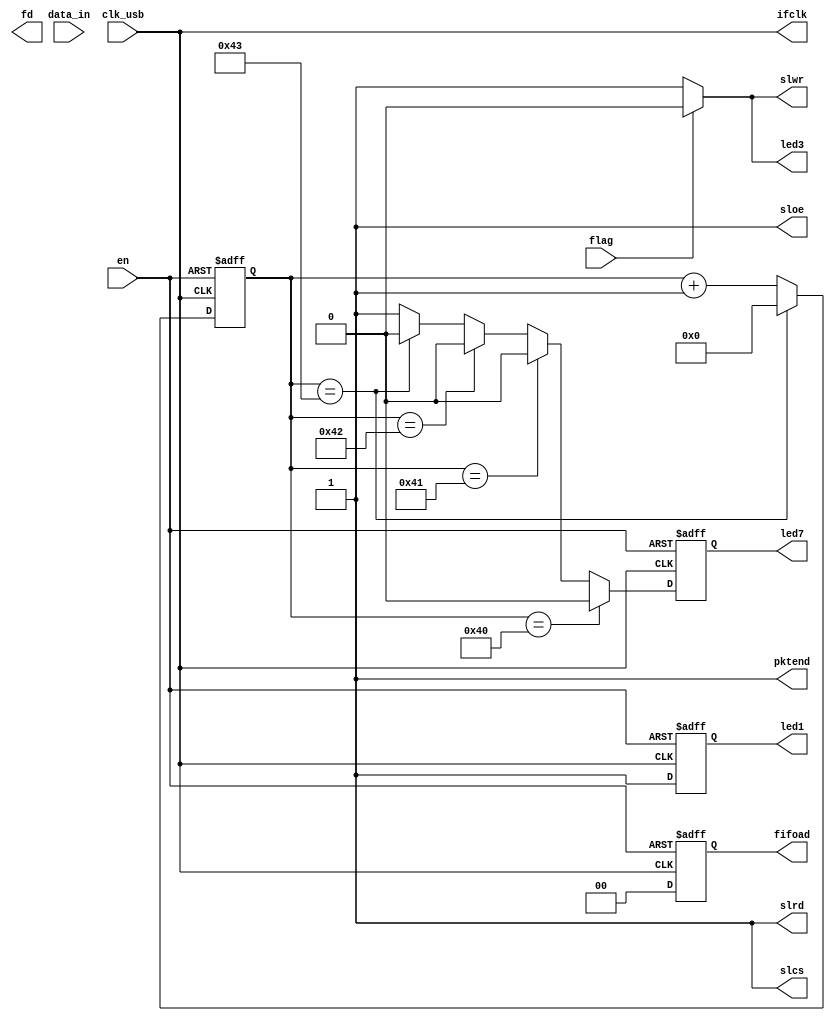
`timescale 1ns / 1ps
//////////////////////////////////////////////////////////////////////////////////
// Company: 
// Engineer: 
// 
// Design Name: 
// Module Name:    usb_controller_final_2 
// Project Name: 
// Target Devices: 
// Tool versions: 
// Description: 
//
// Dependencies: 
//
// Revision: 
// Revision 0.01 - File Created
// Additional Comments: 
//
//////////////////////////////////////////////////////////////////////////////////
module usb_controller_final_2(data_in, clk_usb, fd,fifoad,ifclk,sloe,pktend,slcs, slrd, slwr, flag, led3, led1, en, led7);
    input flag; //FLAG B on cypress USB
	//input ce_usb;
input signed [7:0] data_in;
	 input clk_usb;//20 MHz USB clock signal in
	 input en; //enable signal for module
	 output led7; //output to LED7 on Nexys board
	 output led3; //ouput to LED3 on Nexys board
	 output led1; //output to LED1 on Nexys board
	 output signed [7:0] fd; //data bus for USB (output because we only send)
    output reg [1:0] fifoad; //address bus for FIFO endpoints on USB
    output wire ifclk; //IF CLK signal on USB
    output sloe; //output enable on USB
    output pktend; //packet end
    output slcs; //chip select
	 output slrd; //slave read
	 output slwr; //slave write
	 
	//reg led3;
	 reg led1;
	 //reg slwr;
	 reg led7;
	 
	 reg [7:0] fd_temp; //temporary register for data
	 
	 reg isEnabled; 
	 reg [6:0]packet_counter; //counter for packets sent
	 
	 assign slrd=1'b1; //set slave read off by defualt
	 assign sloe=1'b1; //enable output
	 assign slcs=1'b1; //select cypress chip
	 //assign fifoad=0;
	 assign pktend = 1; //turn off
	 assign ifclk=clk_usb; //latch IF_CLK to USB_CLK
	 assign slwr = flag ? 0 : 1; //if we are full, stop sending data, otherwise send data
	 assign led3 = flag ? 0 : 1; //turn off LED3 when full
	 
	 
	 always @(posedge clk_usb or negedge en)
	 begin
		if(!en) //if reset is low
		begin
			led7<=1; //turn on led7
			//led3<=0;
			led1<=0; //turn off led1
			fd_temp<=0; //set output register to empty
			fifoad<=3; //set address endpoint to 6
			//slwr<=1;
		end
		else
		begin
			led1<=1; //turn on led1
			fifoad<=0; //set endpoint 0
			if(packet_counter == 64) //if we have received 64 packets, send packet ender
			begin
				led7<=0;
				fd_temp<=78;
			end
			else if(packet_counter == 65)
			begin
				led7<=0;
				fd_temp<=89;
			end
			else if(packet_counter == 66)
			begin
				led7<=0;
				fd_temp<=65;
			end
			else if(packet_counter == 67)
			begin
				led7<=0;
				fd_temp<=78;
			end
			else //otherwise send data
			begin
				led7<=1;
				fd_temp<=data_in;
			end
		end
	 end
	 
	//packet counter, overflow at 68 (64 bytes + 4 bytes of packet ender)
	 always @(posedge clk_usb or negedge en)
	 begin
		if(!en)
		begin
			packet_counter <= 0;
		end
		else
		begin
			if(packet_counter==67)
			begin
				packet_counter<=0;
			end
			else
			begin
				packet_counter <= packet_counter + 1;
			end
		end
	 end
	 
	 

	 
endmodule